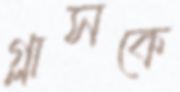
গ্লাসকে